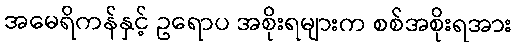
အမေရိကန်နှင့် ဥရောပ အစိုးရများက စစ်အစိုးရအား